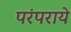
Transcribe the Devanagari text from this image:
परंपराये